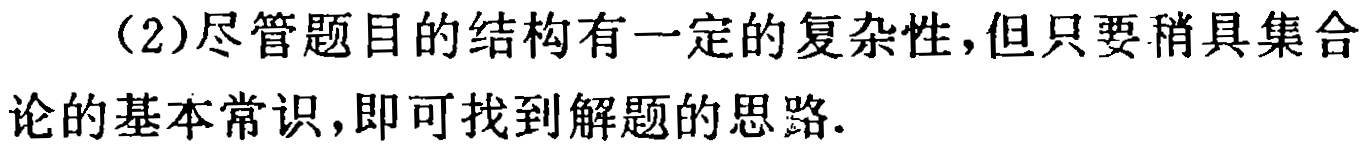
（2）尽管题目的结构有一定的复杂性，但只要稍具集合论的基本常识，即可找到解题的思路.